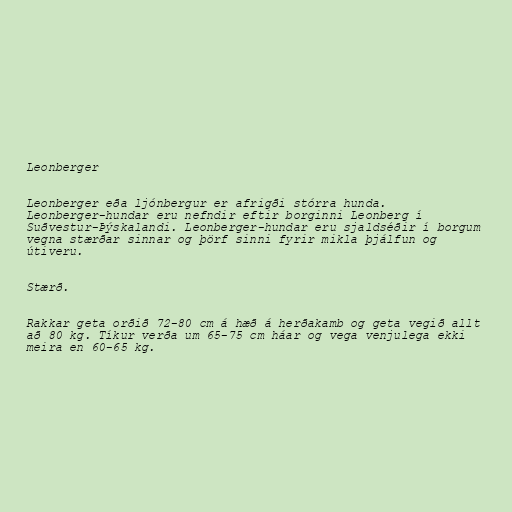
Leonberger

Leonberger eða ljónbergur er afrigði stórra hunda.
Leonberger-hundar eru nefndir eftir borginni Leonberg í
Suðvestur-Þýskalandi. Leonberger-hundar eru sjaldséðir í borgum
vegna stærðar sinnar og þörf sinni fyrir mikla þjálfun og
útiveru.

Stærð.

Rakkar geta orðið 72-80 cm á hæð á herðakamb og geta vegið allt
að 80 kg. Tíkur verða um 65-75 cm háar og vega venjulega ekki
meira en 60-65 kg.